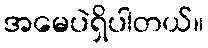
အမေပဲရှိပါတယ်။